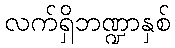
လက်ရှိဘဏ္ဍာနှစ်